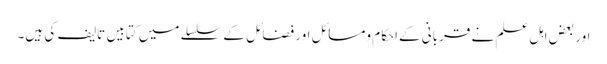
اور بعض اہل علم نے قربانی کےاحکام ومسائل اور فضائل کے سلسلے میں کتابیں تالیف کی ہیں۔